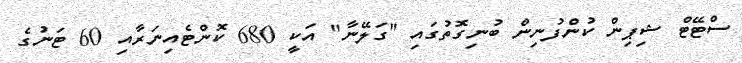
ސްޓޭޓް ޝިޕިން ކުންފުނިން ބުނިގޮތުގައި "ގަލޭނާ" އަކީ 680 ކޮންޓެއިނަރާއި 60 ޓަނުގެ